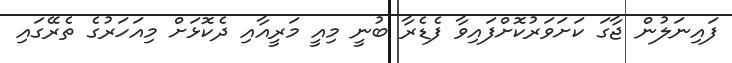
ފައިނަލުން ޖާގަ ކަށަވަރުކޮށްފައިވާ ފެޑެރާ ބުނީ މިއީ މަރީއާއި ދެކޮޅަށް މިއަހަރުގެ ތެރޭގައި